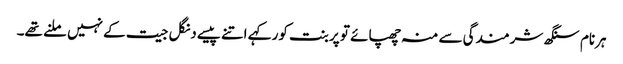
ہرنام سنگھ شرمندگی سے منہ چھپائے تو پربنت کور کہے اتنے پیسے دنگل جیت کے نہیں ملنے تھے۔